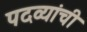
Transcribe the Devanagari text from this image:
पदव्यांची